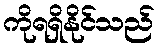
ကိုရရှိနိုင်သည်